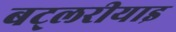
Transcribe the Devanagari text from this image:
बट्लरीयाइ